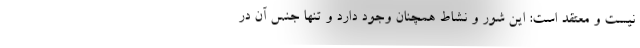
نیست و معتقد است: این شور و نشاط همچنان وجود دارد و تنها جنس آن در